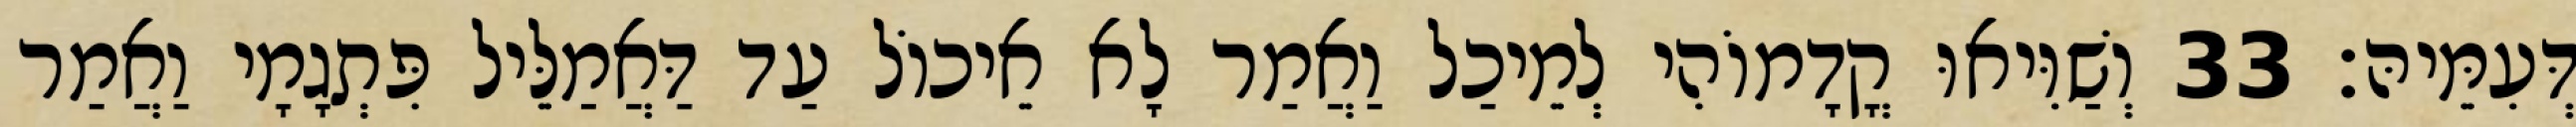
דְּעִמֵּיהּ׃ 33 וְשַׁוִּיאוּ קֳדָמוֹהִי לְמֵיכַל וַאֲמַר לָא אֵיכוֹל עַד דַּאֲמַלֵּיל פִּתְגָמָי וַאֲמַר